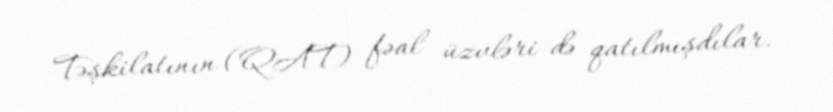
Təşkilatının (QAT) fəal üzvləri də qatılmışdılar.